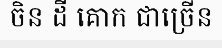
ចិន ដី គោក ជាច្រើន